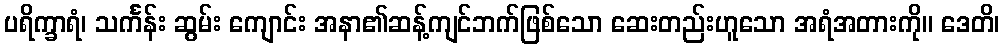
ပရိက္ခာရံ၊ သင်္ကန်း ဆွမ်း ကျောင်း အနာ၏ဆန့်ကျင်ဘက်ဖြစ်သော ဆေးတည်းဟူသော အရံအတားကို။ ဒေတိ၊